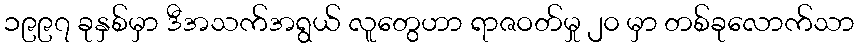
၁၉၉၇ ခုနှစ်မှာ ဒီအသက်အရွယ် လူတွေဟာ ရာဇဝတ်မှု ၂၀ မှာ တစ်ခုလောက်သာ